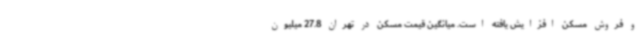
و فروش مسکن افزایش یافته است. میانگین قیمت مسکن در تهران 27.8 میلیون